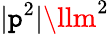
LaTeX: |\mathtt{p}^{2}|\llm^{2}